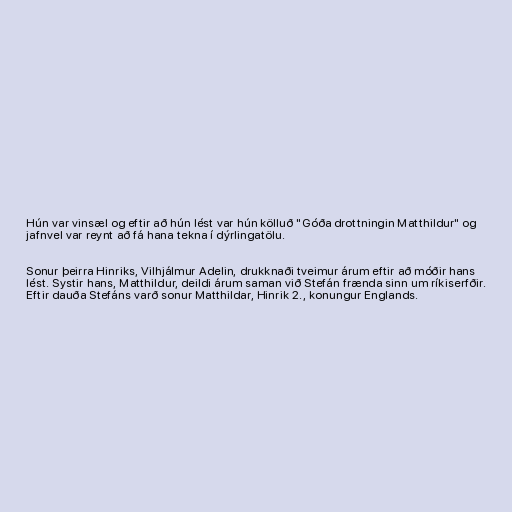
Hún var vinsæl og eftir að hún lést var hún kölluð "Góða drottningin Matthildur" og
jafnvel var reynt að fá hana tekna í dýrlingatölu.

Sonur þeirra Hinriks, Vilhjálmur Adelin, drukknaði tveimur árum eftir að móðir hans
lést. Systir hans, Matthildur, deildi árum saman við Stefán frænda sinn um ríkiserfðir.
Eftir dauða Stefáns varð sonur Matthildar, Hinrik 2., konungur Englands.